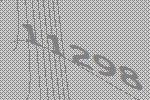
11298